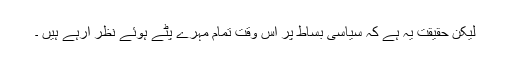
لیکن حقیقت یہ ہے کہ سیاسی بساط پر اس وقت تمام مہرے پٹے ہوئے نظر آرہے ہیں ۔